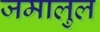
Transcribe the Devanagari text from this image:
जमालुल